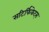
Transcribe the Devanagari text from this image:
सटिर्फिकेट्स